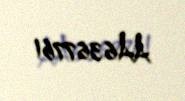
AA6367761